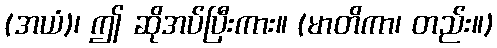
(အယံ)၊ ဤ ဆိုအပ်ပြီးကား။ (မာတိကာ၊ တည်း။)